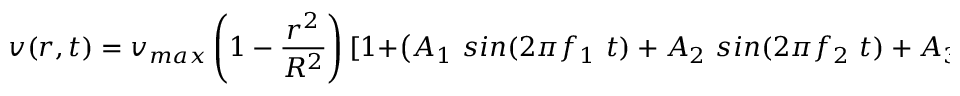
v ( r , t ) = v _ { m a x } \left( 1 - \frac { r ^ { 2 } } { R ^ { 2 } } \right) [ 1 + \left( A _ { 1 } \ s i n ( 2 \pi f _ { 1 } \ t ) + A _ { 2 } \ s i n ( 2 \pi f _ { 2 } \ t ) + A _ { 3 } \ s i n ( 2 \pi f _ { 3 } \ t ) \right) / 3 ] ,